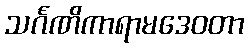
သင်္ဂဏိကာရာမဒေဝတာ